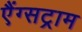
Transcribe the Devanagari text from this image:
एैंग्सट्राम